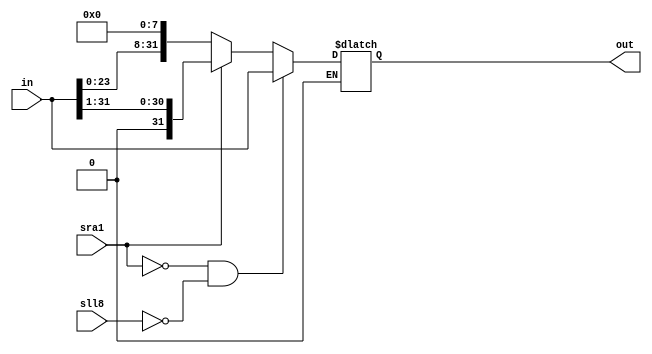
	module shifter (out, sll8, sra1, in);

	input [31:0] in;
	input sll8, sra1;
	output reg [31:0] out;

	always @ (in or sll8 or sra1)
	begin
	 if (sll8) out <= in << 8; //shifts left by 1 byte
							   //filling the 8 least significant bits with zeros

	 if (sra1) out <= in >>> 1;//shifts right by 1 bit
							   //leaving the most significant unchanged

	 if (~sll8 & ~sra1) out <= in;
	end
	endmodule